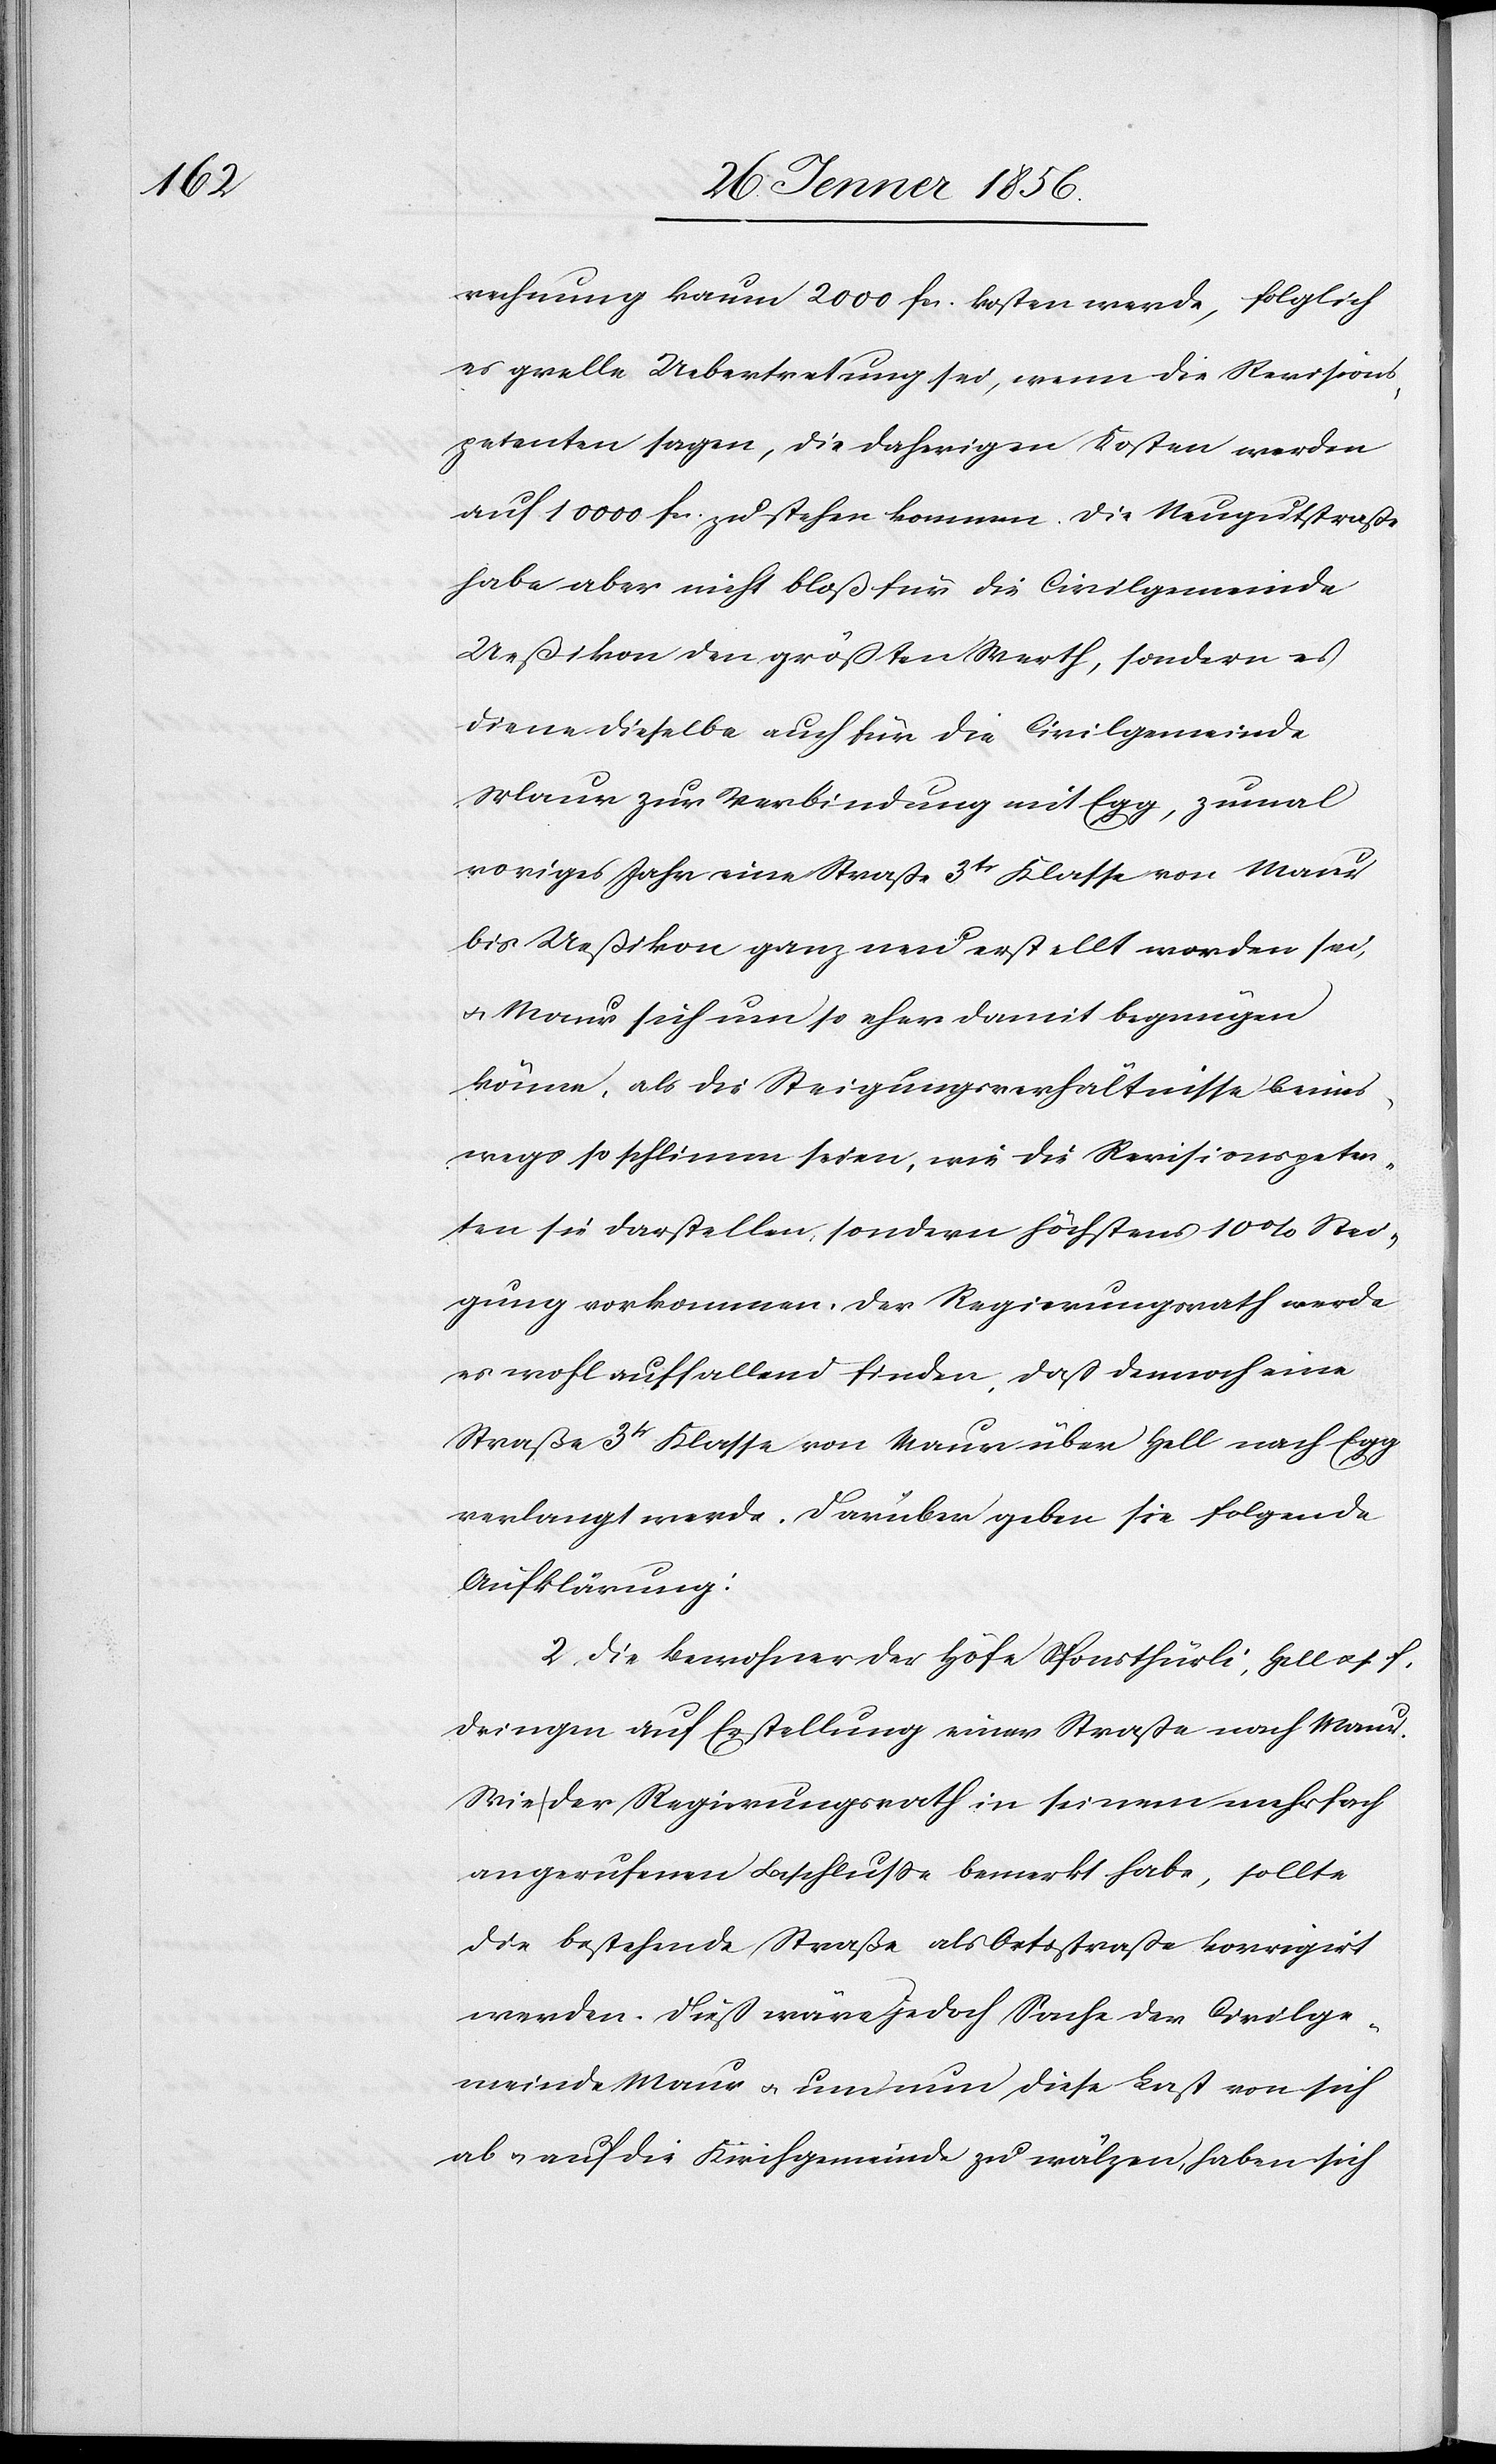
rechnung kaum 2000 fa. kosten werde, folglich
es grelle Uebertretung sei, wenn die Revisions¬
petenten sagen, die daherigen Kosten werden
auf 10 000 fa. zu stehen kommen. Die Neugutstraße
habe aber nicht bloß für die Civilgemeinde
Ueßikon den größten Werth, sondern es
diene dieselbe auch für die Civilgemeinde
Maur zur Verbindung mit Egg, zumal
voriges Jahr eine Straße 3tr Klasse von Maur
bis Ueßikon ganz neu erstellt worden sei,
u. Maur sich um so eher damit begnügen
könne, als die Steigungsverhältnisse keines¬
wegs so schlimm seien, wie die Revisionspeten¬
ten sie darstellen, sondern höchstens 10% Stei¬
gung vorkommen, der Regierungsrath werde
es wohl auffallend finden, daß dennoch eine
Straße 3tr Klasse von Maur über Hell nach Egg
verlangt werde. Darüber geben sie folgende
Aufklärung:
2. Die Bewohner der Höfe Sponsthürli, Hell u. s. f.
dringen auf Erstellung einer Straße nach Maur.
Wie der Regierungsrath in seinem mehrfach
angerufenen Beschluße bemerkt habe, sollte
die bestehende Straße als Ortsstraße korrigirt
werden. Dieß wäre jedoch Sache der Civilge¬
meinde Maur u. um nun diese Last von sich
ab u. auf die Kirchgemeinde zu wälzen, haben sich